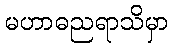
မဟာဓညရာသိမှာ